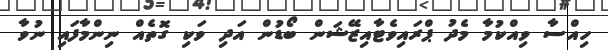
ހިއްސާ ވިއްކުމާ މެދު ޕްރައިވެޓާއިޒޭޝަން ބޯޑުން އަދި ވަކި ގޮތެއް ނިންމާފައި ނުވާ